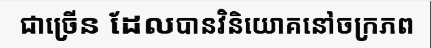
ជាច្រើន ដែលបានវិនិយោគនៅចក្រភព